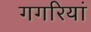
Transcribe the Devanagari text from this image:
गगरियां